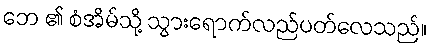
ဘေ ၏ စံအိမ်သို့ သွားရောက်လည်ပတ်လေသည်။